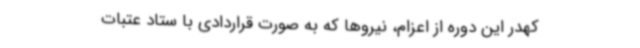
کهدر این دوره از اعزام، نیروها که به صورت قراردادی با ستاد عتبات